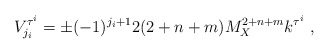
\begin{align*}V^{\tau^i}_{j_i}= \pm (-1)^{j_i+1} 2 (2+n+m) M_X^{2+n+m} k^{\tau^i} ~,~\,\end{align*}